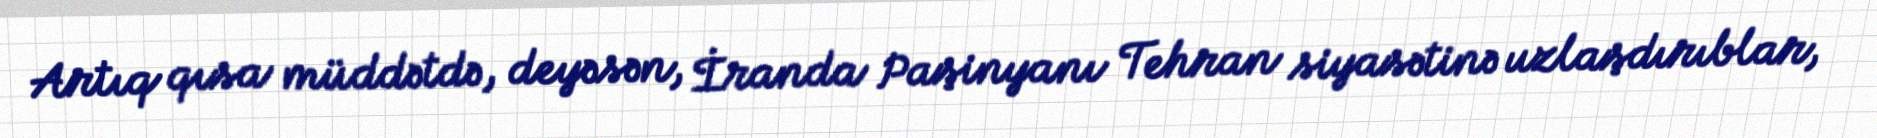
Artıq qısa müddətdə, deyəsən, İranda Paşinyanı Tehran siyasətinə uzlaşdırıblar,